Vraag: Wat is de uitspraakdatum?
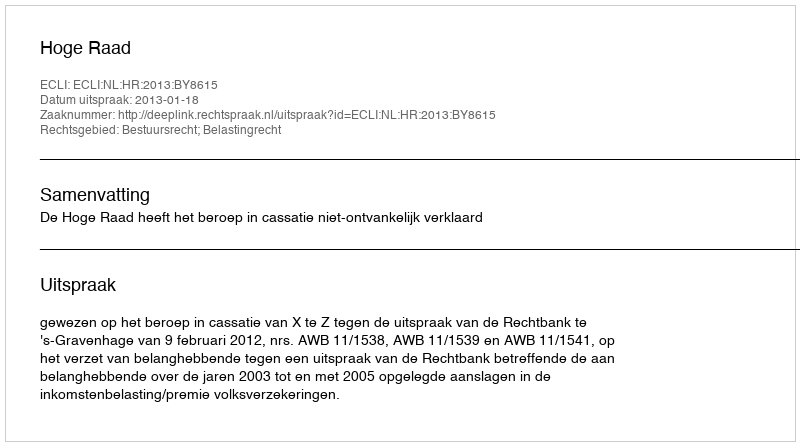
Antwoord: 2013-01-18